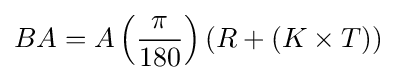
BA=A\left({\frac {\pi }{180}}\right)\left(R+(K\times T\right))